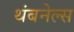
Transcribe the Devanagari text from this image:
थंबनेल्स